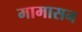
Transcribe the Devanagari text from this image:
मामासन